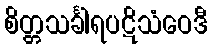
စိတ္တသင်္ခါရပဋိသံဝေဒီ